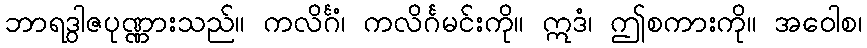
ဘာရဒွါဇပုဏ္ဏားသည်။ ကလိင်္ဂံ၊ ကလိင်္ဂမင်းကို။ ဣဒံ၊ ဤစကားကို။ အဝေါစ၊